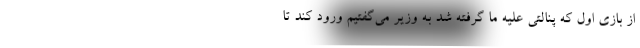
از بازی اول که پنالتی علیه ما گرفته شد به وزیر می‌گفتیم ورود کند تا